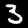
Digit: 3